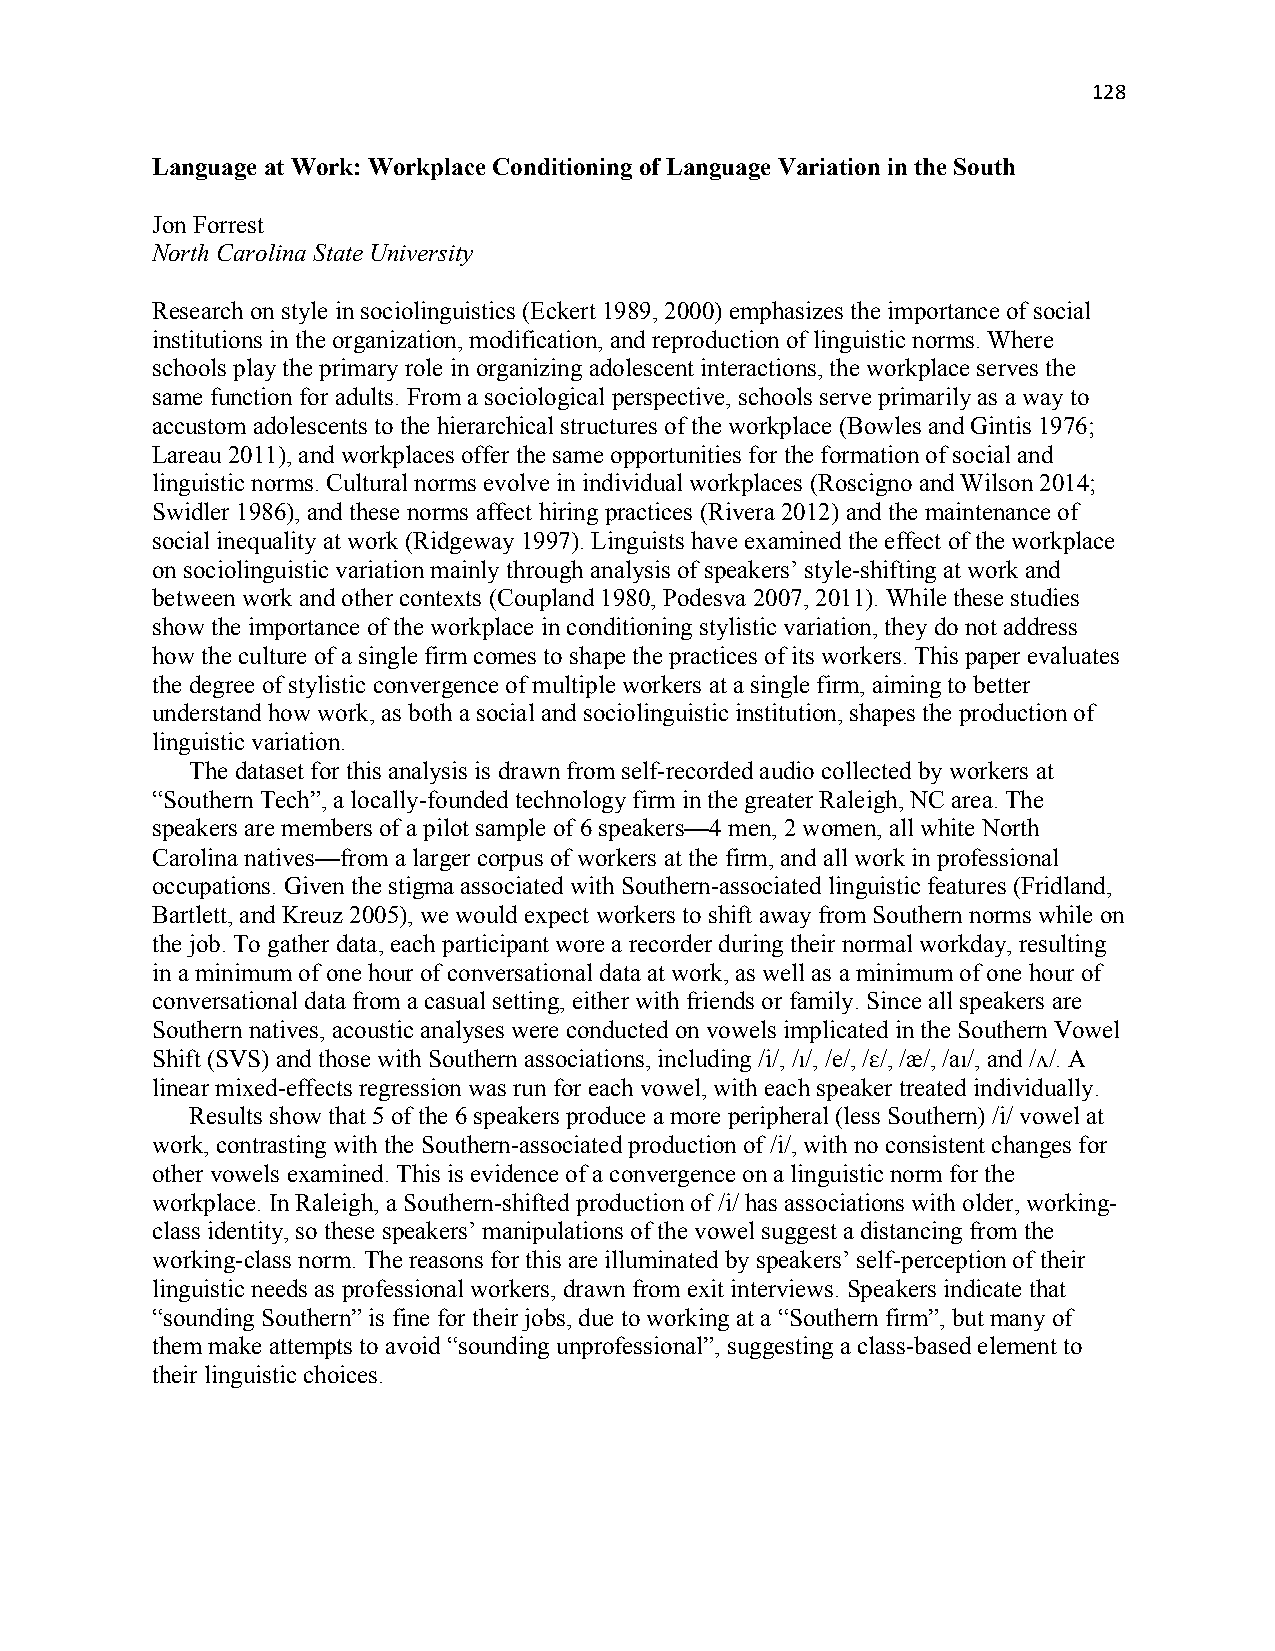
128
 Language at Work: Workplace Conditioning of Language Variation in the South
 Jon Forrest
 North Carolina State University
 Research on style in sociolinguistics (Eckert 1989, 2000) emphasizes the importance of social
 institutions in the organization, modification, and reproduction of linguistic norms. Where
 schools play the primary role in organizing adolescent interactions, the workplace serves the
 same function for adults. From a sociological perspective, schools serve primarily as a way to
 accustom adolescents to the hierarchical structures of the workplace (Bowles and Gintis 1976;
 Lareau 2011), and workplaces offer the same opportunities for the formation of social and
 linguistic norms. Cultural norms evolve in individual workplaces (Roscigno and Wilson 2014;
 Swidler 1986), and these norms affect hiring practices (Rivera 2012) and the maintenance of
 social inequality at work (Ridgeway 1997). Linguists have examined the effect of the workplace
 on sociolinguistic variation mainly through analysis of speakers’ style-shifting at work and
 between work and other contexts (Coupland 1980, Podesva 2007, 2011). While these studies
 show the importance of the workplace in conditioning stylistic variation, they do not address
 how the culture of a single firm comes to shape the practices of its workers. This paper evaluates
 the degree of stylistic convergence of multiple workers at a single firm, aiming to better
 understand how work, as both a social and sociolinguistic institution, shapes the production of
 linguistic variation.
 The dataset for this analysis is drawn from self-recorded audio collected by workers at
 “Southern Tech”, a locally-founded technology firm in the greater Raleigh, NC area. The
 speakers are members of a pilot sample of 6 speakers—4 men, 2 women, all white North
 Carolina natives—from a larger corpus of workers at the firm, and all work in professional
 occupations. Given the stigma associated with Southern-associated linguistic features (Fridland,
 Bartlett, and Kreuz 2005), we would expect workers to shift away from Southern norms while on
 the job. To gather data, each participant wore a recorder during their normal workday, resulting
 in a minimum of one hour of conversational data at work, as well as a minimum of one hour of
 conversational data from a casual setting, either with friends or family. Since all speakers are
 Southern natives, acoustic analyses were conducted on vowels implicated in the Southern Vowel
 Shift (SVS) and those with Southern associations, including /i/, /ɪ/, /e/, /ɛ/, /æ/, /aɪ/, and /ʌ/. A
 linear mixed-effects regression was run for each vowel, with each speaker treated individually.
 Results show that 5 of the 6 speakers produce a more peripheral (less Southern) /i/ vowel at
 work, contrasting with the Southern-associated production of /i/, with no consistent changes for
 other vowels examined. This is evidence of a convergence on a linguistic norm for the
 workplace. In Raleigh, a Southern-shifted production of /i/ has associations with older, working-
 class identity, so these speakers’ manipulations of the vowel suggest a distancing from the
 working-class norm. The reasons for this are illuminated by speakers’ self-perception of their
 linguistic needs as professional workers, drawn from exit interviews. Speakers indicate that
 “sounding Southern” is fine for their jobs, due to working at a “Southern firm”, but many of
 them make attempts to avoid “sounding unprofessional”, suggesting a class-based element to
 their linguistic choices.